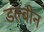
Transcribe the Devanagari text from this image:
डल्बीन